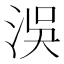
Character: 洖